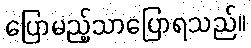
ပြောမည့်သာပြောရသည်။